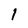
Character: 1